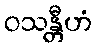
ဝသန္တီဟံ